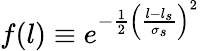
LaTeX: f(l)\equiv e^{-\frac{1}{2}\left(\frac{l-l_{s}}{\sigma_{s}}\right)^{2}}